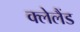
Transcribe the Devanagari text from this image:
क्लेलैंड